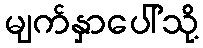
မျက်နှာပေါ်သို့